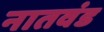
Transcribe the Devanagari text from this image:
नातवंड